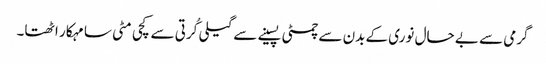
گرمی سے بے حال نوری کے بدن سے چمٹی پسینے سے گیلی کُرتی سے کچی مٹی سا مہکار اٹھتا۔